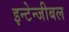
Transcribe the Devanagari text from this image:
इन्टेन्जीबल